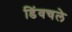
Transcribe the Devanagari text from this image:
डिंवचले